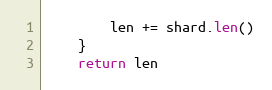
Language: Go
		len += shard.len()
	}
	return len